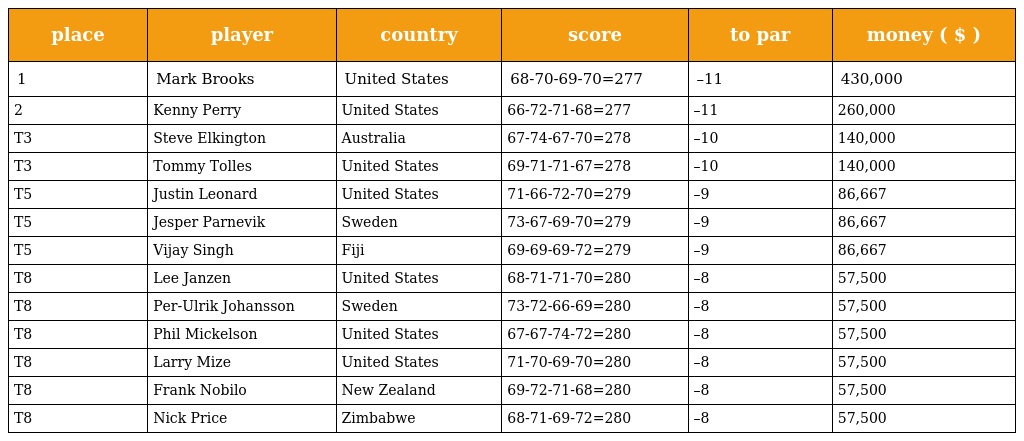
| place | player | country | score | to par | money ( $ ) |
 | --- | --- | --- | --- | --- | --- |
 | 1 | Mark Brooks | United States | 68-70-69-70=277 | –11 | 430,000 |
 | 2 | Kenny Perry | United States | 66-72-71-68=277 | –11 | 260,000 |
 | T3 | Steve Elkington | Australia | 67-74-67-70=278 | –10 | 140,000 |
 | T3 | Tommy Tolles | United States | 69-71-71-67=278 | –10 | 140,000 |
 | T5 | Justin Leonard | United States | 71-66-72-70=279 | –9 | 86,667 |
 | T5 | Jesper Parnevik | Sweden | 73-67-69-70=279 | –9 | 86,667 |
 | T5 | Vijay Singh | Fiji | 69-69-69-72=279 | –9 | 86,667 |
 | T8 | Lee Janzen | United States | 68-71-71-70=280 | –8 | 57,500 |
 | T8 | Per-Ulrik Johansson | Sweden | 73-72-66-69=280 | –8 | 57,500 |
 | T8 | Phil Mickelson | United States | 67-67-74-72=280 | –8 | 57,500 |
 | T8 | Larry Mize | United States | 71-70-69-70=280 | –8 | 57,500 |
 | T8 | Frank Nobilo | New Zealand | 69-72-71-68=280 | –8 | 57,500 |
 | T8 | Nick Price | Zimbabwe | 68-71-69-72=280 | –8 | 57,500 |